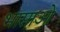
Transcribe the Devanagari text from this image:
भासाओ